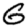
Digit: 6